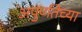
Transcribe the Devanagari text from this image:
अपुर्णतेच्या